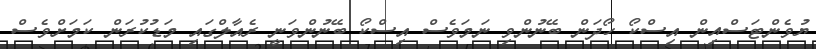
ޔުވެންޓަސްއިން އިސްކޯ ހޯދަން ބޭނުންވި ނަމަވެސް އިސްކޯ ބޭނުންވަނީ ރެއާލްގައި މަޑުކުރަން ކަމަށްވެސް